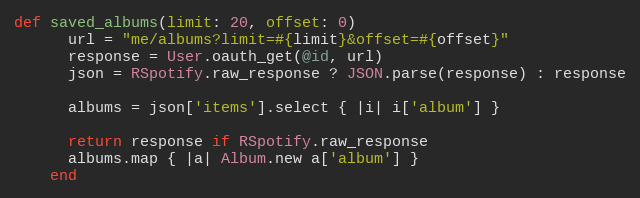
Language: Ruby
def saved_albums(limit: 20, offset: 0)
      url = "me/albums?limit=#{limit}&offset=#{offset}"
      response = User.oauth_get(@id, url)
      json = RSpotify.raw_response ? JSON.parse(response) : response

      albums = json['items'].select { |i| i['album'] }

      return response if RSpotify.raw_response
      albums.map { |a| Album.new a['album'] }
    end